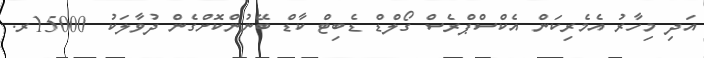
އަދި މިހާރު އެމެރިކަން އެކްސްޕްރެސް ގޯލްޑް ޑެބިޓް ކާޑް ބޭނުންކޮށްގެން ދުވާލަކު 15000ރ.